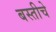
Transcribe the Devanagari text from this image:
बस्तीचे